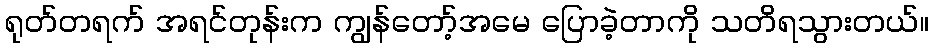
ရုတ်တရက် အရင်တုန်းက ကျွန်တော့်အမေ ပြောခဲ့တာကို သတိရသွားတယ်။